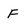
Character: F